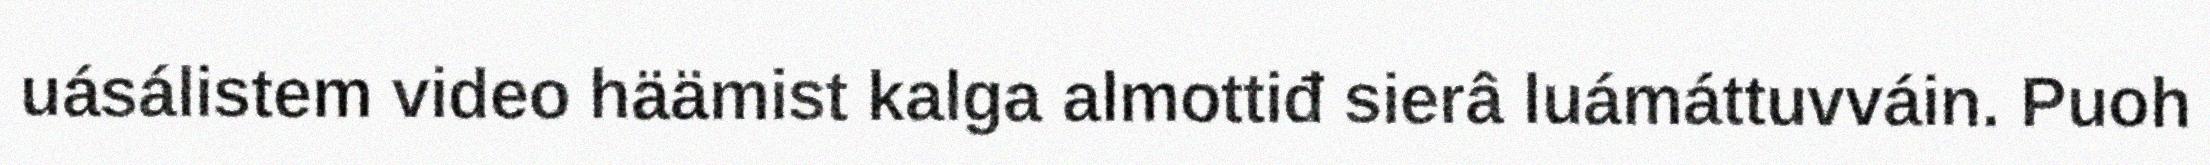
uásálistem video häämist kalga almottiđ sierâ luámáttuvváin. Puoh